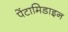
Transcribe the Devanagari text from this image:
पेंटामिडाइन